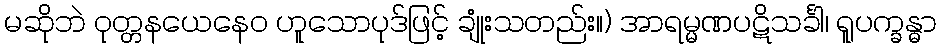
မဆိုဘဲ ဝုတ္တနယေနေဝ ဟူသောပုဒ်ဖြင့် ချုံးသတည်း။) အာရမ္မဏပဋိသင်္ခါ၊ ရူပက္ခန္ဓာ